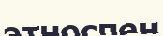
этноспен